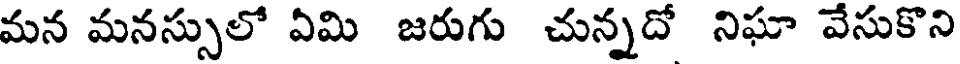
మన మనస్సులో ఏమి జరుగు చున్నదో నిఘా వేసుకొని